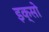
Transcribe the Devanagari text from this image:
इक्सो